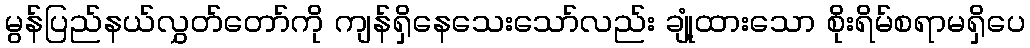
မွန်ပြည်နယ်လွှတ်တော်ကို ကျန်ရှိနေသေးသော်လည်း ချုံ့ထားသော စိုးရိမ်စရာမရှိပေ